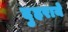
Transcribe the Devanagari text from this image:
दुहराये